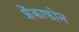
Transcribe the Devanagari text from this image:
फ्रेंकाफोन